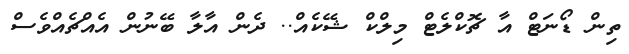
ތިން ޑޯނަޓް އާ ޗޮކްލެޓް މިލްކް ޝޭކެއް.. ދެން އާލާ ބޭނުން އެއްޗެއްވެސް